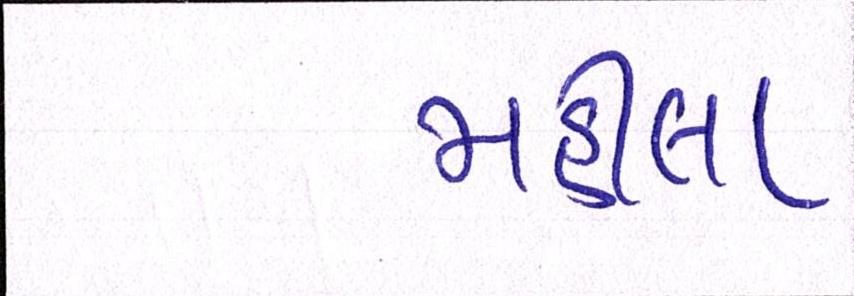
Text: મહીલા